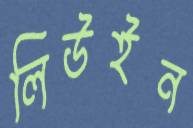
লিউইন